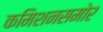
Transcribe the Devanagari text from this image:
कमिशनसमोर